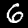
Label: 6